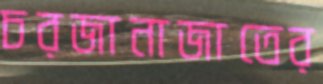
চরজানাজাতের